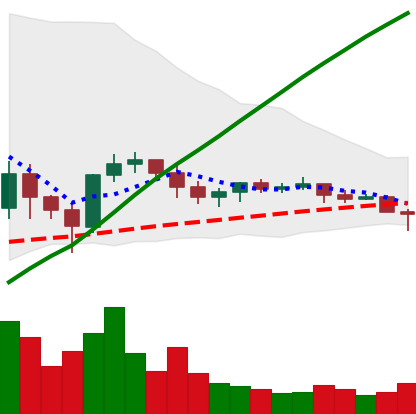
Ticker: ETC-USD
Chart end date: 2021-06-08
Forward return: 3.777%
Label: up_3_5